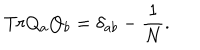
T r Q _ { a } Q _ { b } = \delta _ { a b } - \frac { 1 } { N } .